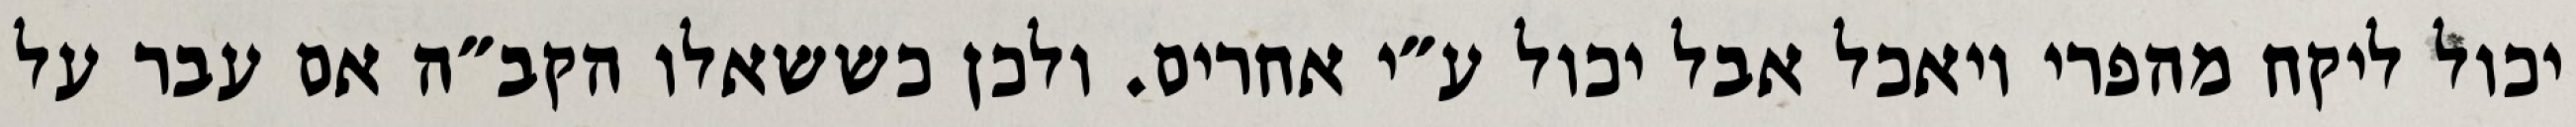
יכול ליקח מהפרי ויאכל אבל יכול ע״י אחרים. ולכן כששאלו הקב״ה אם עבר על